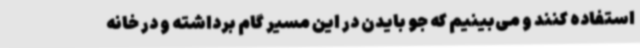
استفاده کنند و می‌بینیم که جو بایدن در این مسیر گام برداشته و در خانه